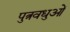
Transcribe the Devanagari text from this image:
पुत्रवधुओं